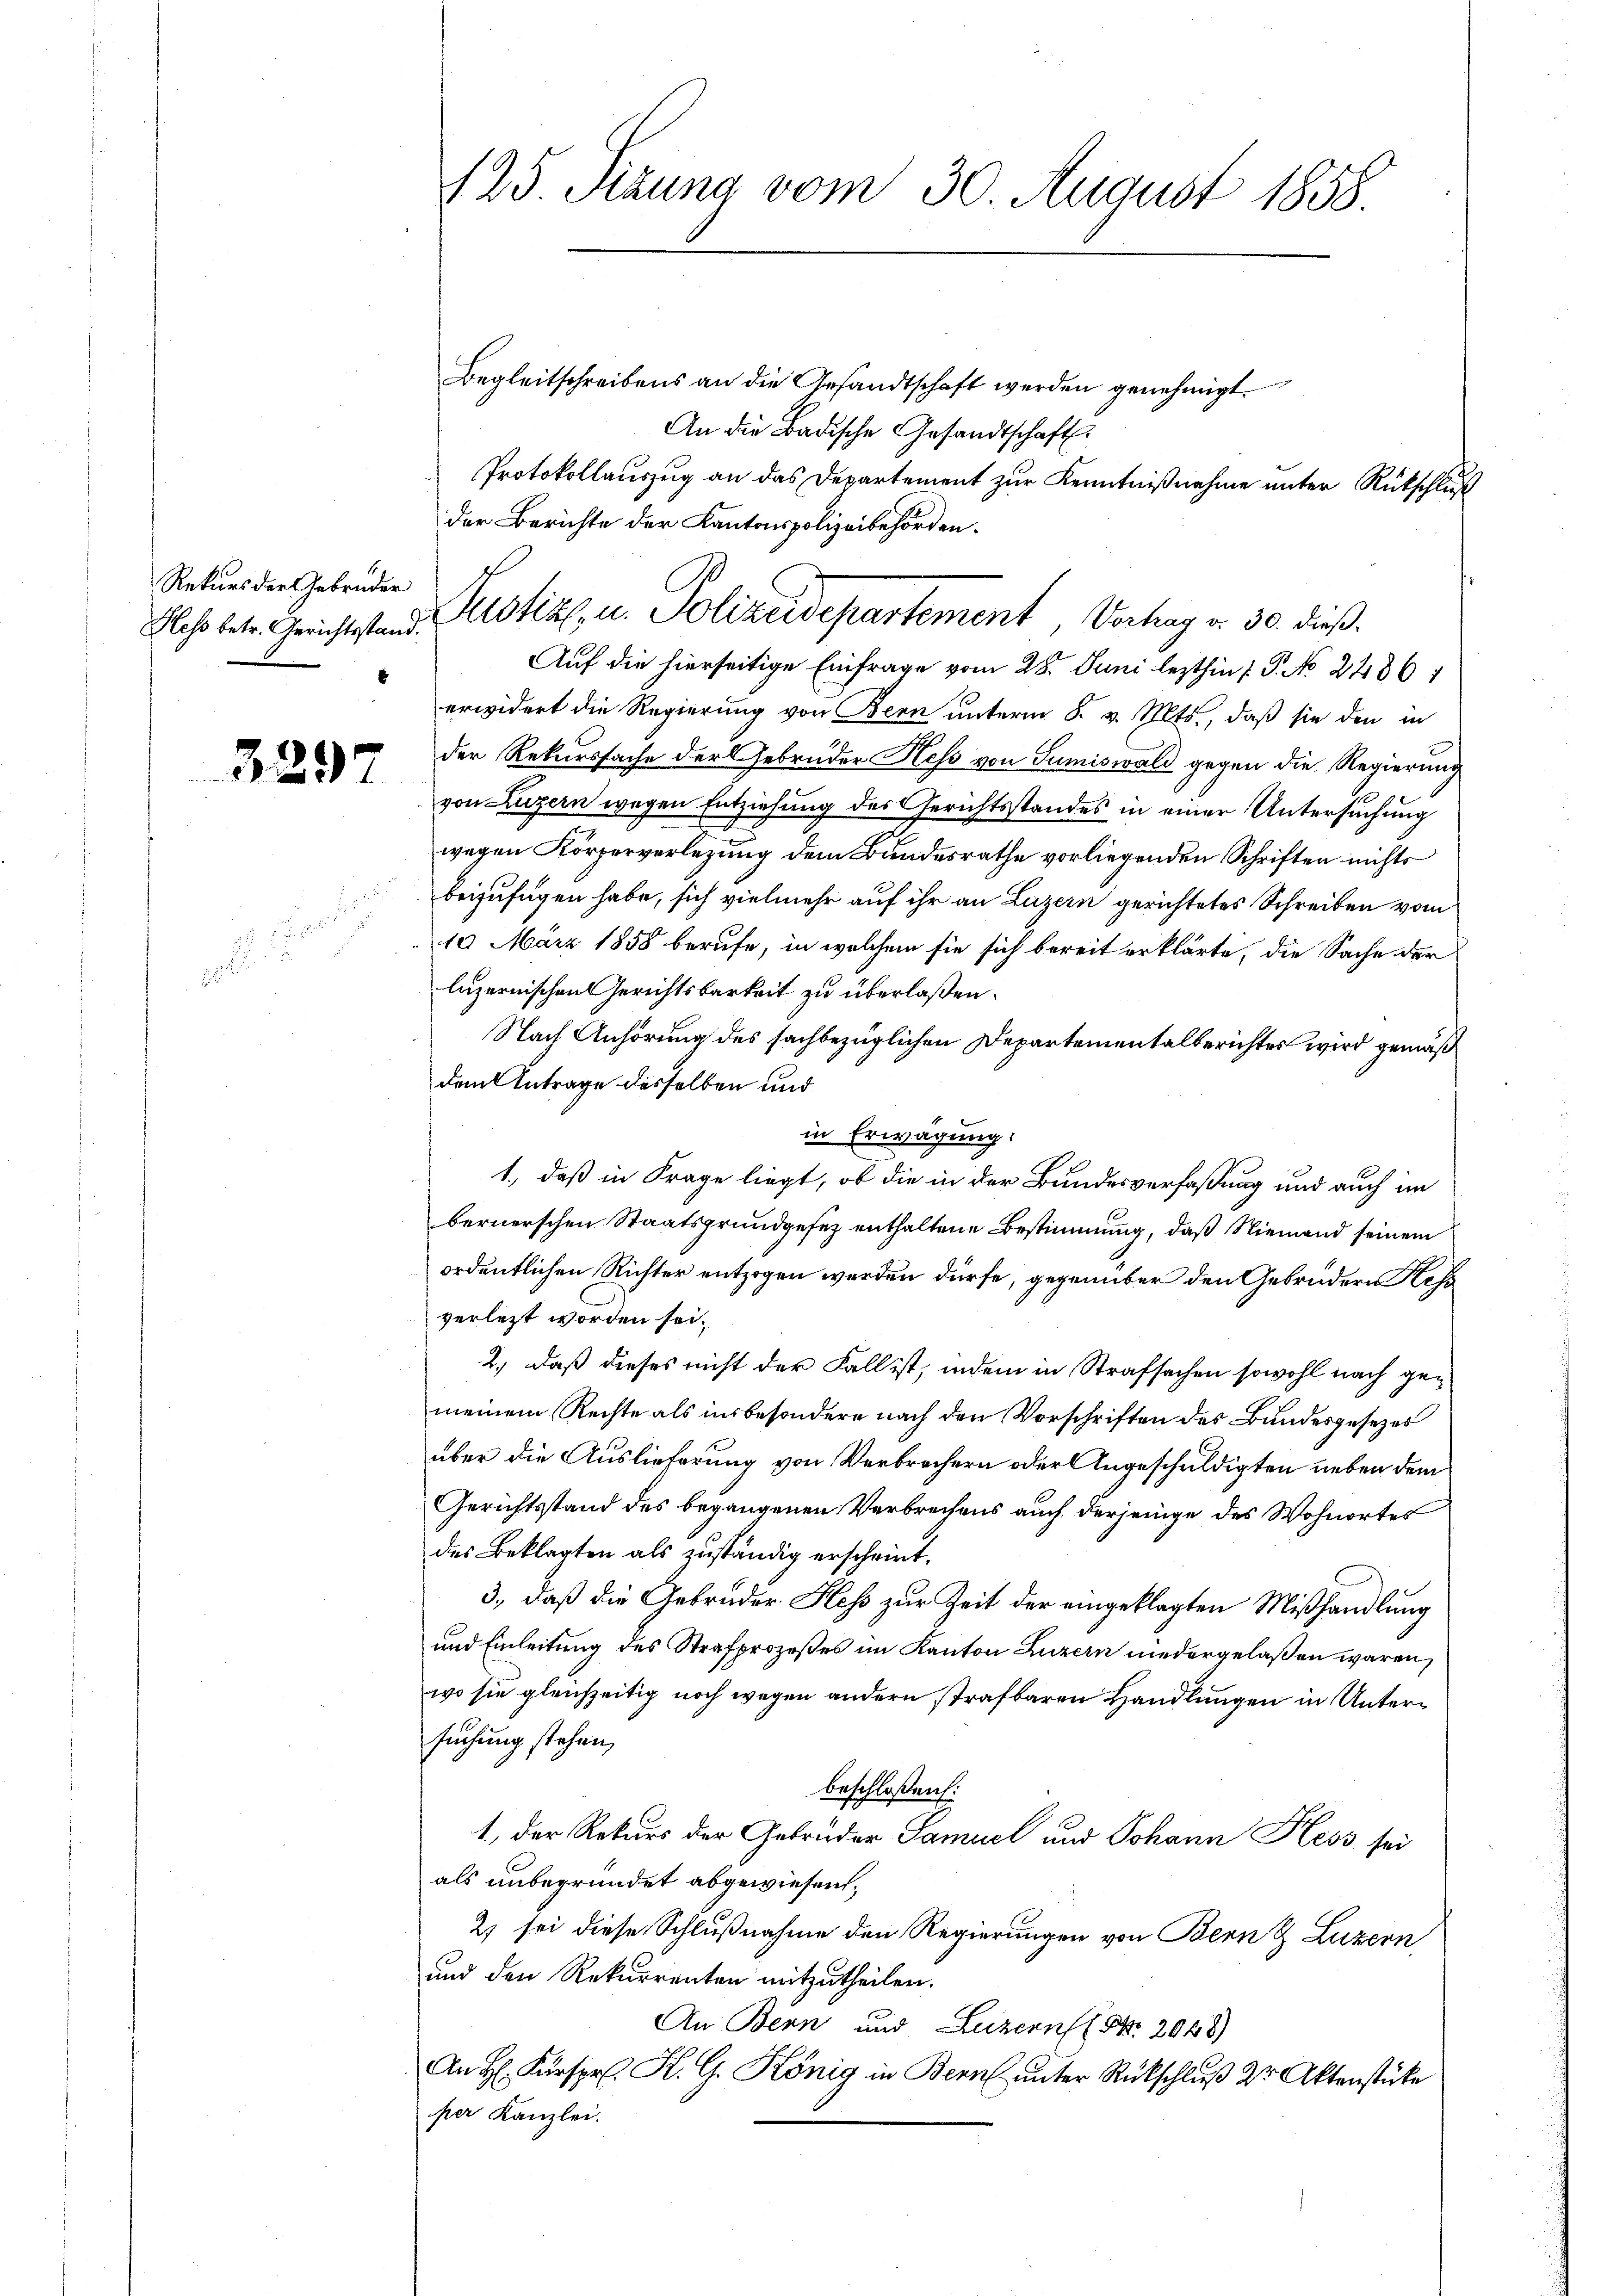
Rekurs der Gebrüder
Hess betr. Gerichtsstand.

3297

.

Begleitschreibens an die Gesandtschaft werden genehmigt.
An die Badische Gesandtschaft.
Protokollauszug an das Departement zur Kenntnißnahme unter Rückschluß
der Berichte der Kantonspolizeibehörden.
Auf die hierseitige Einfrage vom 28. Juni lezthin ( P. No 2486/
erwidert die Regierung von Bern unterm 8. v. Mts., daß sie den in
der Rekurssache der Gebrüder Hess von Tumiswald gegen die Regierung
von Luzern wegen Entziehung des Gerichtsstandes in einer Untersuchung
wegen Körperverlegung dem Bundesrathe vorliegenden Schriften nichts
beizufügen habe, sich vielmehr auf ihr an Luzern gerichtetes Schreiben vom
10. März 1858 berufe, in welchem sie sich bereit erklärte, die Sache der
luzernischen Gerichtsbarkeit zu überlaßen.
Nach Anhörung des sachbezüglichen Departementalberichtes wird gemäß
dem Antrage desselben und
in Erwägung:
1., daß in Frage liegt, ob die in der Bundesverfaßung und auch im
bernerschen Staatsgrundgesez enthaltene Bestimmung, daß Niemand seinem
ordentlichen Richter entzogen werden dürfe, gegenüber den Gebrüdern Kess
verletzt worden sei.
2., daß dieses nicht der Fall ist, indem in Strafsachen sowohl nach gemeinem Rechte als insbesondere nach den Vorschriften des Bundesgesezes
über die Auslieferung von Verbrechern oder Angeschuldigten neben dem
Gerichtsstand des begangenen Verbrechens auch derjenige des Wohnortes
des Beklagten als zuständig erscheint.
3., daß die Gebrüder Hess zur Zeit der eingeklagten Mißhandlung
und Einleitung des Strafprozeßes im Kanton Luzern niedergelaßen wären,
wo sie gleichzeitig noch wegen andern strafbaren Handlungen in Untersuchung stehen,
beschloßen:
1., der Rekurs der Gebrüder Samuel und Johann Hess sei
als unbegründet abgewiesen,
2) sei diese Schlußnahme den Regierungen von Bern & Luzern,
und den Rekurrenten mitzutheilen.
An Bern und Luzern Nr. 2048)
An H: Kurspr. K. G. König in Bern unter Rückschluß der Aktenstücke
per Kanzlei.

125. Sizung vom 30. August 1858.

Justiz u. Polizeidepartement Verhag v. 30. dieß.